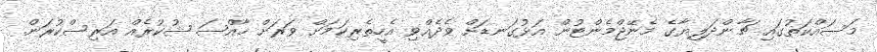
މަސައްކަތުގައި ޗާންދަލިޔާގެ މެނޭޖްމެންޓުން އަޅުގަނޑަށް ވެދެއްވި އެހީތެރިކަމަށް ވަރަށް ޚާއްޞަ ޝުކުރެއް އަރިސްކުރަން.